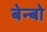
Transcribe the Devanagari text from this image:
बेन्बो